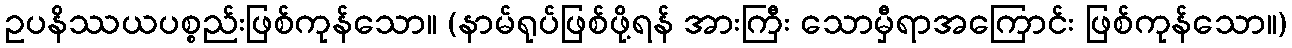
ဥပနိဿယပစ္စည်းဖြစ်ကုန်သော။ (နာမ်ရုပ်ဖြစ်ဖို့ရန် အားကြီး သောမှီရာအကြောင်း ဖြစ်ကုန်သော။)